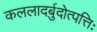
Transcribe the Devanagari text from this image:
कललादर्बुदोत्पत्तिः